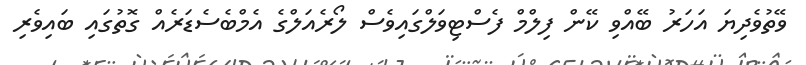
ވޭތުވެދިޔަ އަހަރު ބޭއްވި ކޭން ފިލްމް ފެސްޓިވަލްގައިވެސް ލޯރެއަލްގެ އެމްބެސެޑަރެއް ގޮތުގައި ބައިވެރި